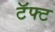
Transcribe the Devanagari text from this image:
टॅफ्ट